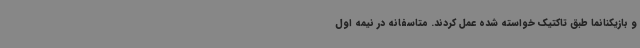
و بازیکنانما طبق تاکتیک خواسته شده عمل کردند. متاسفانه در نیمه اول